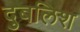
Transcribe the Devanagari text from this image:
दुबलिश